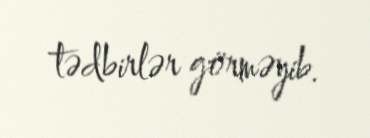
tədbirlər görməyib.